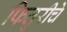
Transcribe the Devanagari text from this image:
फितुरीचे